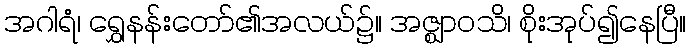
အဂါရံ၊ ရွှေနန်းတော်၏အလယ်၌။ အဇ္ဈာဝသိ၊ စိုးအုပ်၍နေပြီ။